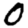
Digit: 0